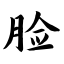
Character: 脸